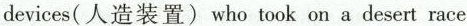
devices（人造装置）who took on a desert race